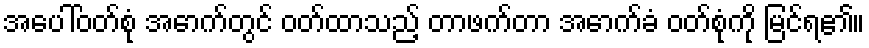
အပေါ်ဝတ်စုံ အောက်တွင် ဝတ်ထာသည့် တာဖက်တာ အောက်ခံ ဝတ်စုံကို မြင်ရ၏။